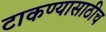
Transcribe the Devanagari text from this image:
टाकण्यासाठीच